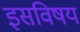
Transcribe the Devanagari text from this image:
इसविषय